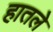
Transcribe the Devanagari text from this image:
हातले